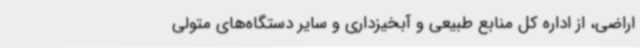
اراضی، از اداره کل منابع طبیعی و آبخیزداری و سایر دستگاه‌های متولی